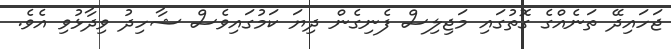
ޖަހައިދޭ ތަނެއްގެ ގޮތުގައި މަޖިލިސް ފެނިގެން ދިޔަ ކަމުގައިވެސް ޝާހިދު ވިދާޅުވި އެވެ.